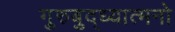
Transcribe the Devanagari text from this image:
गुरुबुद्ध्यात्मनो